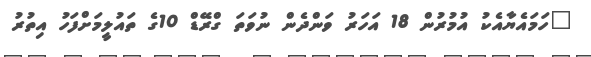
"ހަމައެޔާއެކު އުމުރުން 18 އަހަރު ވަންދެން ނުވަތަ ގްރޭޑް 10ގެ ތައުލީމަށްފަހު އިތުރު